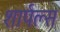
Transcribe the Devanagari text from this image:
शार्पल्स